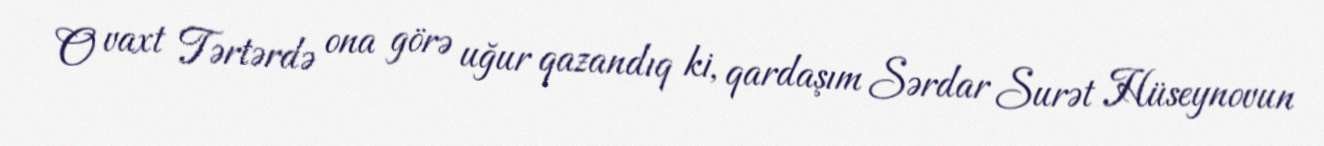
O vaxt Tərtərdə ona görə uğur qazandıq ki, qardaşım Sərdar Surət Hüseynovun